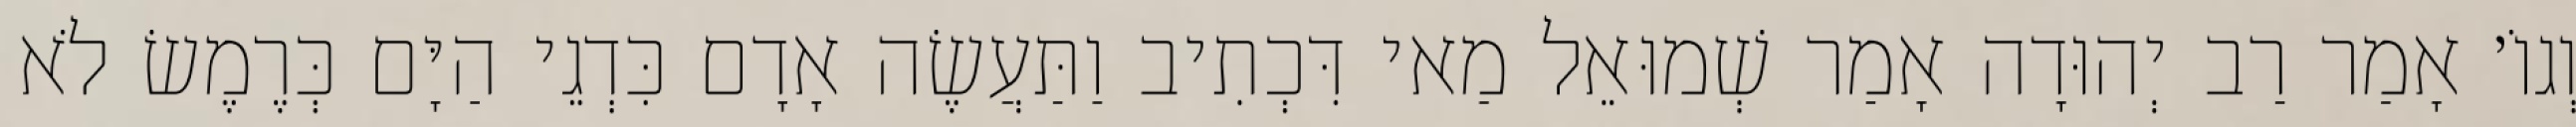
וְגוֹ׳ אָמַר רַב יְהוּדָה אָמַר שְׁמוּאֵל מַאי דִּכְתִיב וַתַּעֲשֶׂה אָדָם כִּדְגֵי הַיָּם כְּרֶמֶשׂ לֹא